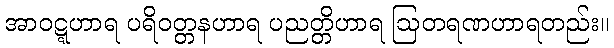
အာဝဋ္ဋဟာရ ပရိဝတ္တနဟာရ ပညတ္တိဟာရ ဩတရဏဟာရတည်း။